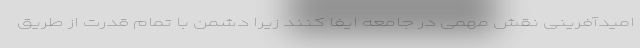
امیدآفرینی نقش مهمی در جامعه ایفا کنند زیرا دشمن با تمام قدرت از طریق